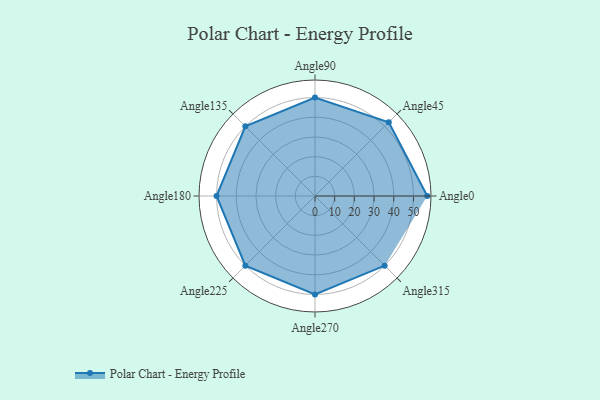
{"axis": {"x": "Angle", "y": "Radius"}, "legend": [""], "data": [{"x": "Angle0", "y": 57.0, "type": ""}, {"x": "Angle45", "y": 53.0, "type": ""}, {"x": "Angle90", "y": 50, "type": ""}, {"x": "Angle135", "y": 50, "type": ""}, {"x": "Angle180", "y": 50, "type": ""}, {"x": "Angle225", "y": 50, "type": ""}, {"x": "Angle270", "y": 50, "type": ""}, {"x": "Angle315", "y": 50, "type": ""}]}